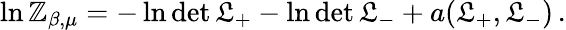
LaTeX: \ln\mathbb{Z}_{\beta,\mu}=-\ln\operatorname*{det}\mathfrak{L}_{+}-\ln\operatorname*{det}\mathfrak{L}_{-}+a(\mathfrak{L}_{+},\mathfrak{L}_{-})\, .